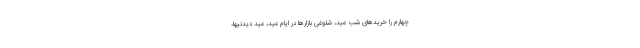
چهارم را خریدهای شب عید، شلوغی بازارها در ایام عید، عید دیدنیها،